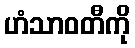
ဟံသာဝတီကို